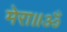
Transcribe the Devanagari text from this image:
मेरा॥ॐ